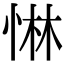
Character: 惏